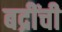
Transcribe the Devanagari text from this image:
बद्रींची